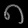
Digit: ၈